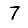
Digit: 7